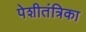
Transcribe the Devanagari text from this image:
पेशीतंत्रिका